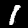
Digit: 1